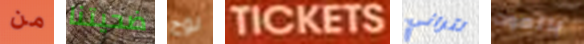
من ضحيتنا لوح TICKETS لتراني بالموت